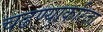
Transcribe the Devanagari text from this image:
चढण्याकरिता